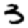
Digit: 3